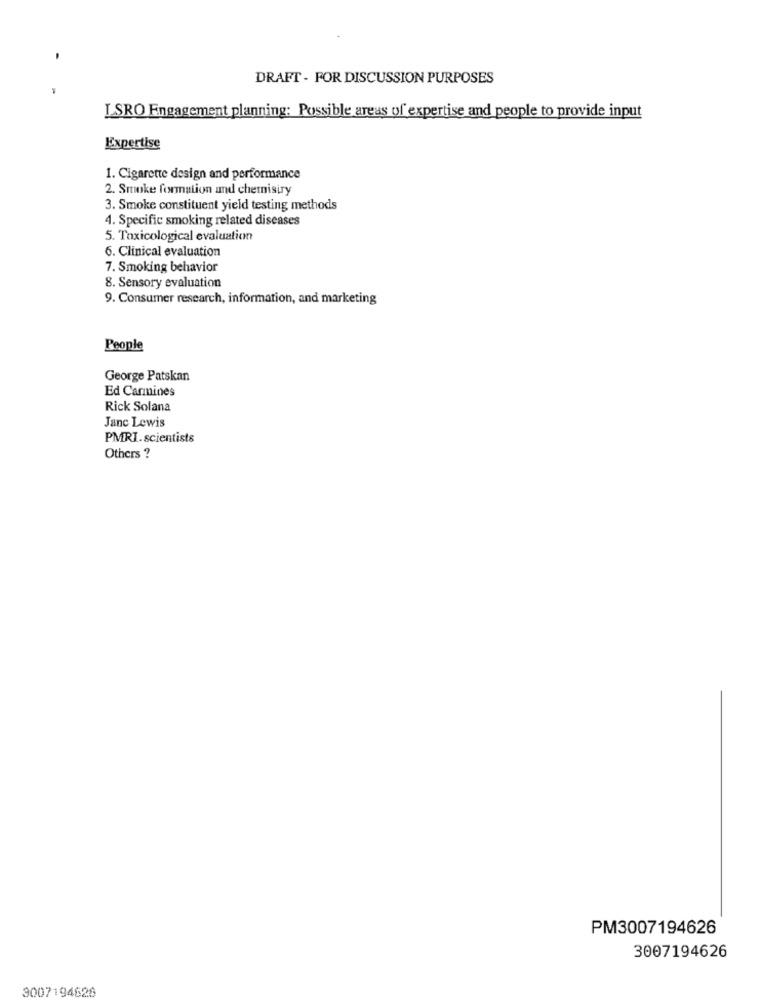
DRAFT - FOR DISCUSSION PURPOSES
I SRO Engagement planning: Possible areas of expertise and people to provide input
Expertise
1. Cigarette design and performance
2. Smoke formation and chemistry
3. Smoke constituent yield testing methods
4. Specific smoking related diseases
5. Toxicological evaluation
6. Clinical evaluation
7. Smoking behavior
8. Sensory evaluation
9. Consumer research, information, and marketing
People
George Patskan
Ed Carmines
Rick Solana
Janc Lewis
PMRI.scientists
Others ?
PM3007194626
3007194626
3007194626